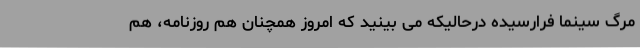
مرگ سینما فرارسیده درحالیکه می بینید که امروز همچنان هم روزنامه، هم